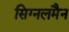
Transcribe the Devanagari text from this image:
सिग्नलमैन